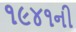
૧૯૪૧ની